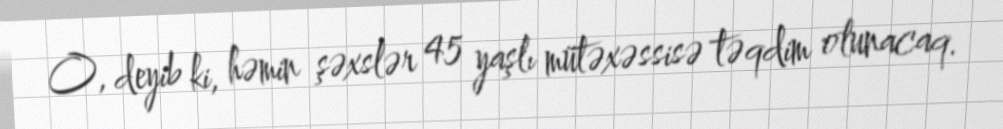
O, deyib ki, həmin şəxslər 45 yaşlı mütəxəssisə təqdim olunacaq.